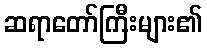
ဆရာတော်ကြီးများ၏